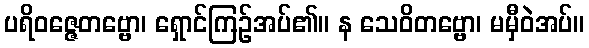
ပရိဝဇ္ဇေတဗ္ဗော၊ ရှောင်ကြဉ်အပ်၏။ န သေဝိတဗ္ဗော၊ မမှီဝဲအပ်။